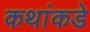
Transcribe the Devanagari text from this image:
कथांकडे